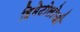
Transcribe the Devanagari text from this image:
हिमेटोलोजी